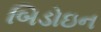
બિડોઇન